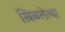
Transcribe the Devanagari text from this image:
खिळलेल्या